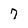
Character: 7